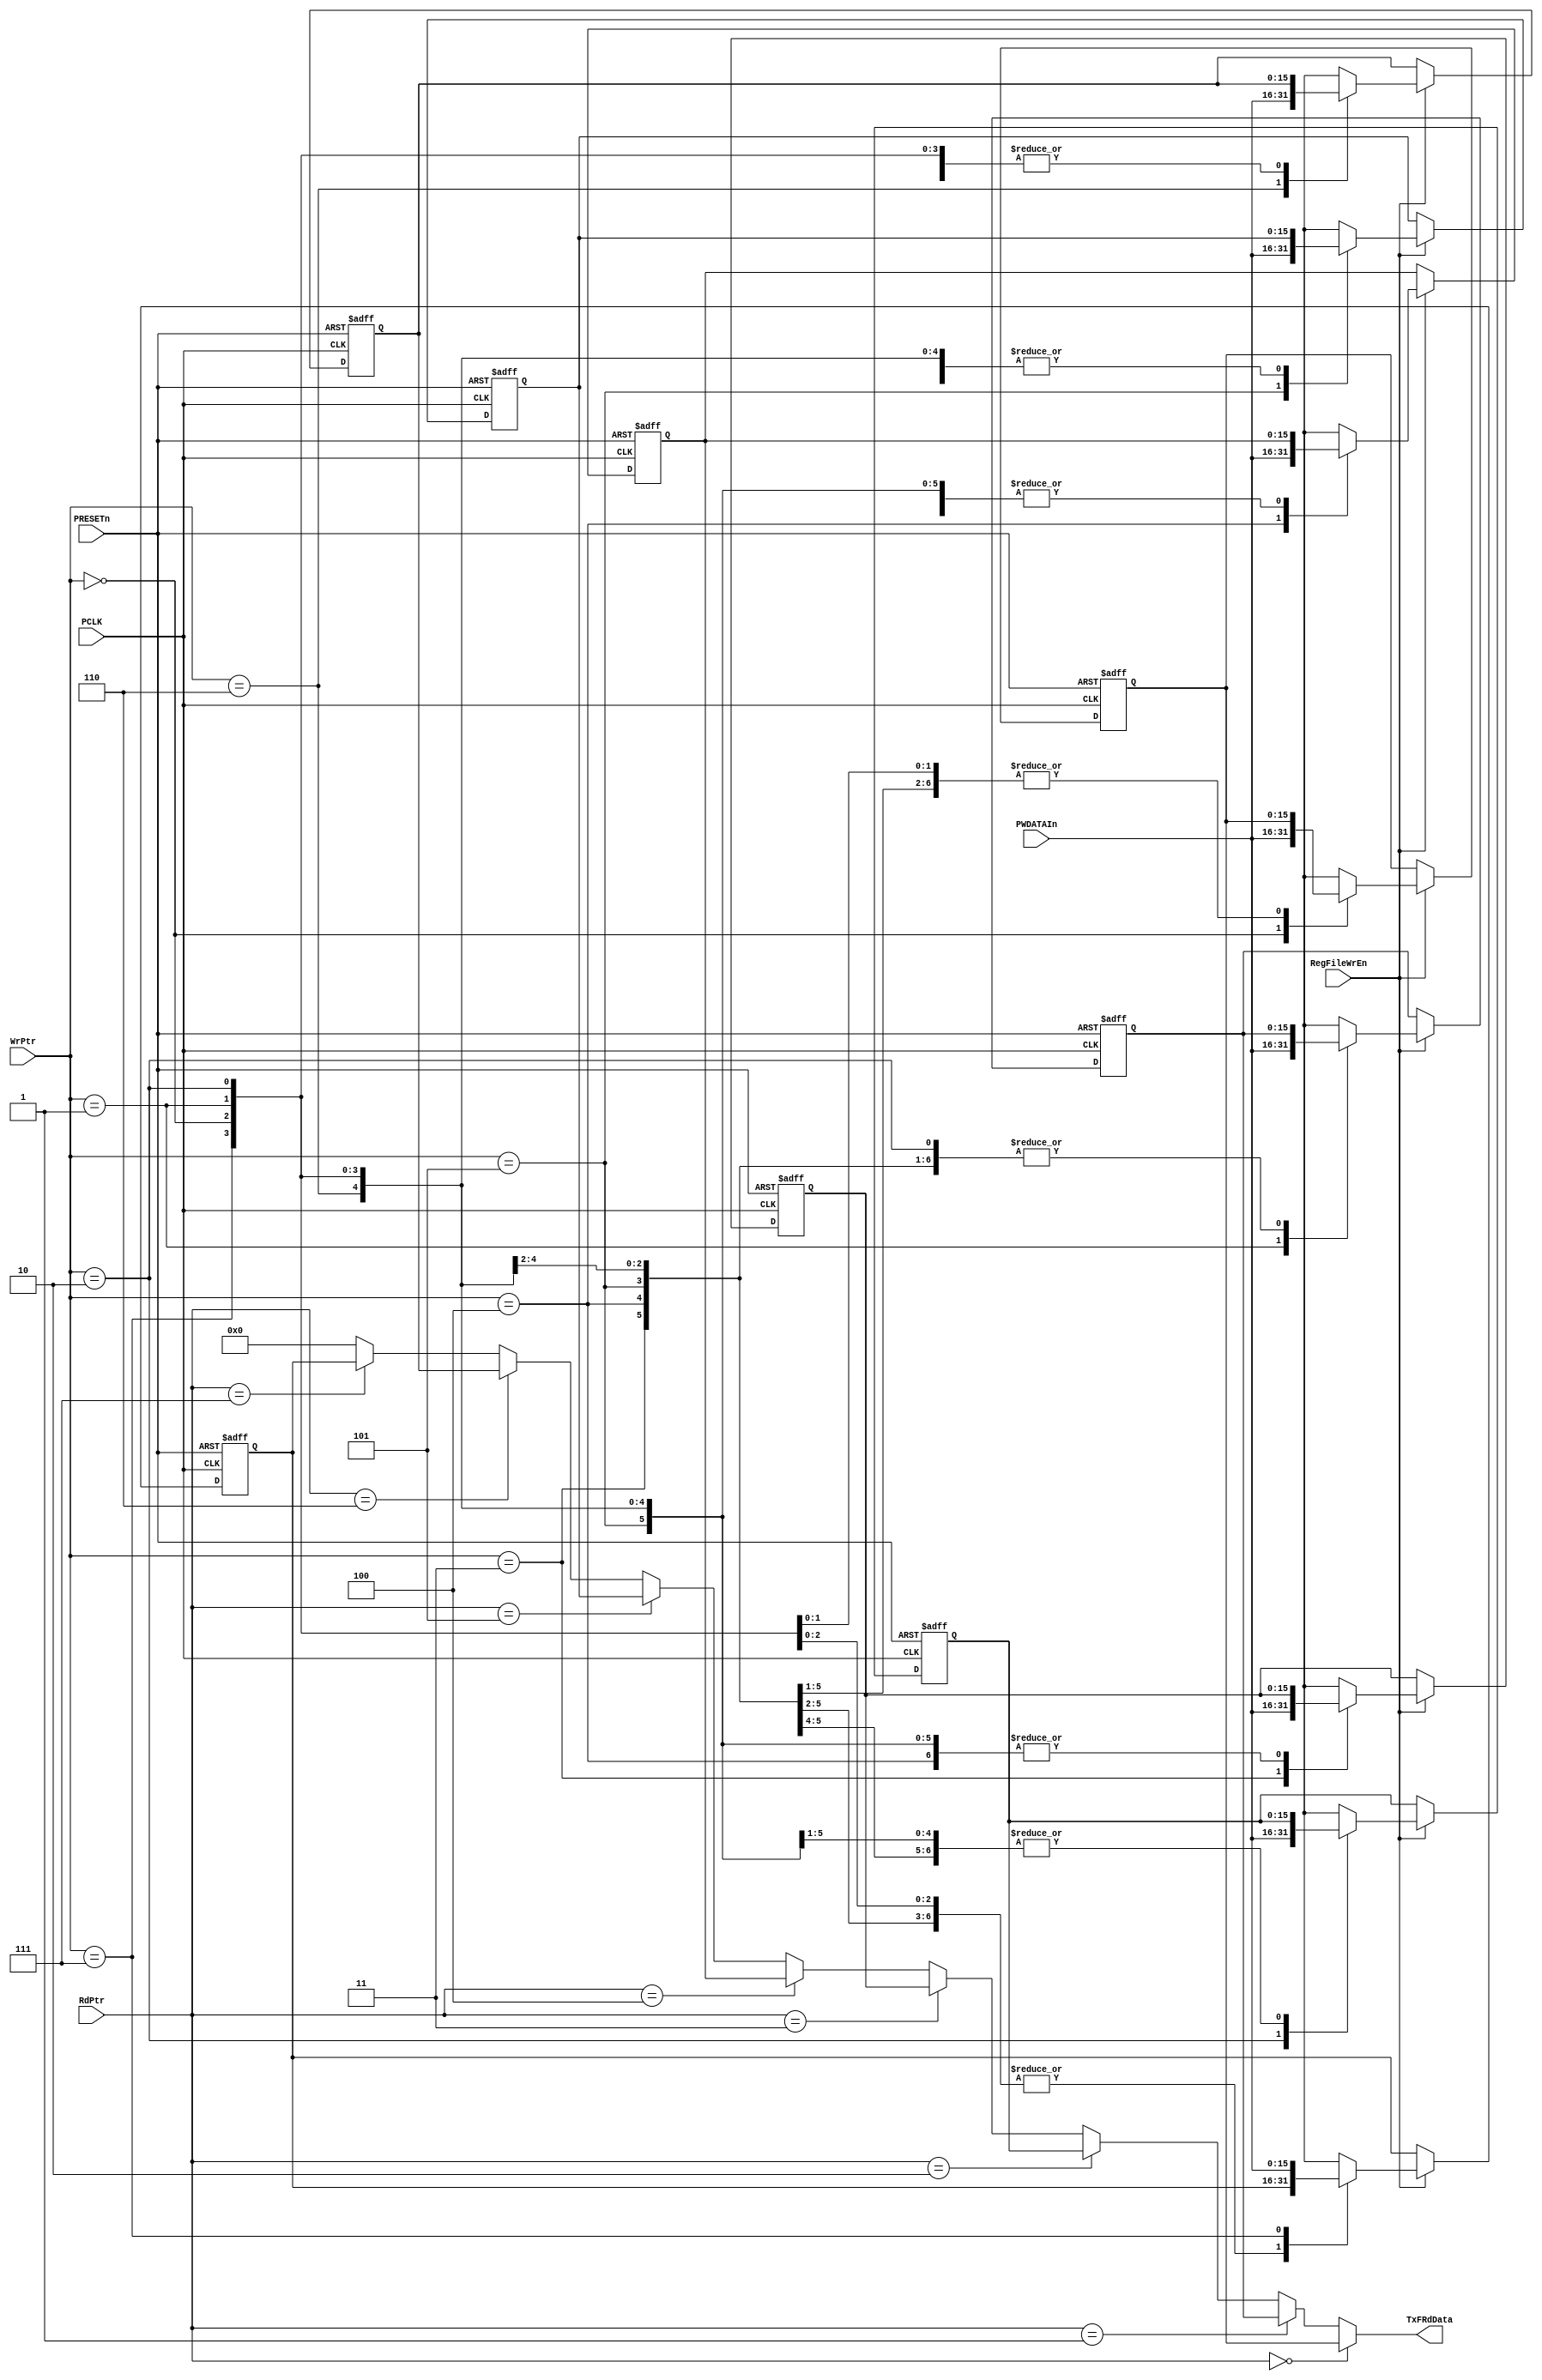
//-----------------------------------------------------------------------------
// The confidential and proprietary information contained in this file may
// only be used by a person authorised under and to the extent permitted
// by a subsisting licensing agreement from ARM Limited.
//
//            (C) COPYRIGHT 2007-2008 ARM Limited.
//                ALL RIGHTS RESERVED
//
// This entire notice must be reproduced on all copies of this file
// and copies of this file may only be made by a person if such person is
// permitted to do so under the terms of a subsisting license agreement
// from ARM Limited.
//  ----------------------------------------------------------------------------
//
//  Version and Release Control Information:
//
//  File Revision          : 20364
//
//  Release Information    : r1p3-00rel1
//
// -----------------------------------------------------------------------------

// -----------------------------------------------------------------------------

// Purpose      : Transmit FIFO Register File

// --=========================================================================--

`timescale 1ns/1ps

// -----------------------------------------------------------------------------

module SspTxRegFile (
// Inputs
                     PCLK,
                     PRESETn,
                     PWDATAIn,
                     RegFileWrEn,
                     WrPtr,
                     RdPtr,
// Output
                     TxFRdData
                    );

// Inputs
input         PCLK;               // APB bus clock
input         PRESETn;            // APB bus reset
input  [15:0] PWDATAIn;           // Int PWDATA
input         RegFileWrEn;        // Write enable for Reg file
input   [2:0] WrPtr;              // Write pointer
input   [2:0] RdPtr;              // Read pointer
// Output
output [15:0] TxFRdData;          // Read data

// -----------------------------------------------------------------------------
//
//                               SspTxRegFile
//                               ============
//
// -----------------------------------------------------------------------------
//
// Overview
// ========
//
// This module contains the Register file for the Transmit FIFO. When the
// Write enable signal RegFileWrEn is asserted, data on the write data bus
// PWDATAIn is written into the location pointed to by the current value of the
// Write pointer WrPtr. On the read interface, the contents of the location
// pointed to by the current value of the read pointer RdPtr, is driven onto
// the read databus, TxFRdData.
// -----------------------------------------------------------------------------


//------------------------------------------------------------------------------
// Register declarations
//------------------------------------------------------------------------------
reg [15:0]  TxReg0;
// Transmit FIFO register 0

reg [15:0]  NextTxReg0;
// D-input of TxReg0

reg [15:0]  TxReg1;
// Transmit FIFO register 1

reg [15:0]  NextTxReg1;
// D-input of TxReg1

reg [15:0]  TxReg2;
// Transmit FIFO register 2

reg [15:0]  NextTxReg2;
// D-input of TxReg2

reg [15:0]  TxReg3;
// Transmit FIFO register 3

reg [15:0]  NextTxReg3;
// D-input of TxReg3

reg [15:0]  TxReg4;
// Transmit FIFO register 4

reg [15:0]  NextTxReg4;
// D-input of TxReg4

reg [15:0]  TxReg5;
// Transmit FIFO register 5

reg [15:0]  NextTxReg5;
// D-input of TxReg5

reg [15:0]  TxReg6;
// Transmit FIFO register 6

reg [15:0]  NextTxReg6;
// D-input of TxReg6

reg [15:0]  TxReg7;
// Transmit FIFO register 7

reg [15:0]  NextTxReg7;
// D-input of TxReg7

// -----------------------------------------------------------------------------
//
// Main body of code
// =================
//
// -----------------------------------------------------------------------------

// -----------------------------------------------------------------------------
// Sequential logic for Tx FIFO registers.
// -----------------------------------------------------------------------------
always @(posedge PCLK or negedge PRESETn)
begin : p_TxRegSeq
  if (PRESETn == 1'b0)
    begin
      TxReg0 <= 16'h0000;
      TxReg1 <= 16'h0000;
      TxReg2 <= 16'h0000;
      TxReg3 <= 16'h0000;
      TxReg4 <= 16'h0000;
      TxReg5 <= 16'h0000;
      TxReg6 <= 16'h0000;
      TxReg7 <= 16'h0000;
    end
  else
    begin
      TxReg0 <= NextTxReg0;
      TxReg1 <= NextTxReg1;
      TxReg2 <= NextTxReg2;
      TxReg3 <= NextTxReg3;
      TxReg4 <= NextTxReg4;
      TxReg5 <= NextTxReg5;
      TxReg6 <= NextTxReg6;
      TxReg7 <= NextTxReg7;
    end
end // p_TxRegSeq;

// -----------------------------------------------------------------------------
// Write logic. When the Write enable signal, RegFileWrEn, is asserted, data on
// the write data bus PWDATAIn is written into the location pointed to by the
// current value of the Write pointer, WrPtr[2:0].
// -----------------------------------------------------------------------------
always @(TxReg0 or TxReg1 or TxReg2 or TxReg3 or TxReg4 or TxReg5 or TxReg6 or
         TxReg7 or  WrPtr or RegFileWrEn or PWDATAIn)
begin : p_WrComb
  NextTxReg0 = TxReg0;
  NextTxReg1 = TxReg1;
  NextTxReg2 = TxReg2;
  NextTxReg3 = TxReg3;
  NextTxReg4 = TxReg4;
  NextTxReg5 = TxReg5;
  NextTxReg6 = TxReg6;
  NextTxReg7 = TxReg7;
  if (RegFileWrEn == 1'b1)
    case (WrPtr)
      3'b000 : NextTxReg0 = PWDATAIn;
      3'b001 : NextTxReg1 = PWDATAIn;
      3'b010 : NextTxReg2 = PWDATAIn;
      3'b011 : NextTxReg3 = PWDATAIn;
      3'b100 : NextTxReg4 = PWDATAIn;
      3'b101 : NextTxReg5 = PWDATAIn;
      3'b110 : NextTxReg6 = PWDATAIn;
      3'b111 : NextTxReg7 = PWDATAIn;
      default : ;
    endcase
end // p_WrComb;

// -----------------------------------------------------------------------------
// Read Mux. The contents of the location pointed to by the current value of
// the read pointer RdPtr, is driven onto the read databus, TxFRdData.
// -----------------------------------------------------------------------------
assign TxFRdData = (RdPtr == 3'b000) ? TxReg0 : (
                   (RdPtr == 3'b001) ? TxReg1 : (
                   (RdPtr == 3'b010) ? TxReg2 : (
                   (RdPtr == 3'b011) ? TxReg3 : (
                   (RdPtr == 3'b100) ? TxReg4 : (
                   (RdPtr == 3'b101) ? TxReg5 : (
                   (RdPtr == 3'b110) ? TxReg6 : (
                   (RdPtr == 3'b111) ? TxReg7 : (
                   16'h0000))))))));

endmodule

// --================================ End ====================================--